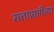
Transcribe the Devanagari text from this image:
सत्ताप्राप्तीच्या